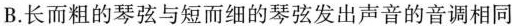
B.长而粗的琴弦与短而细的琴弦发出声音的音调相同